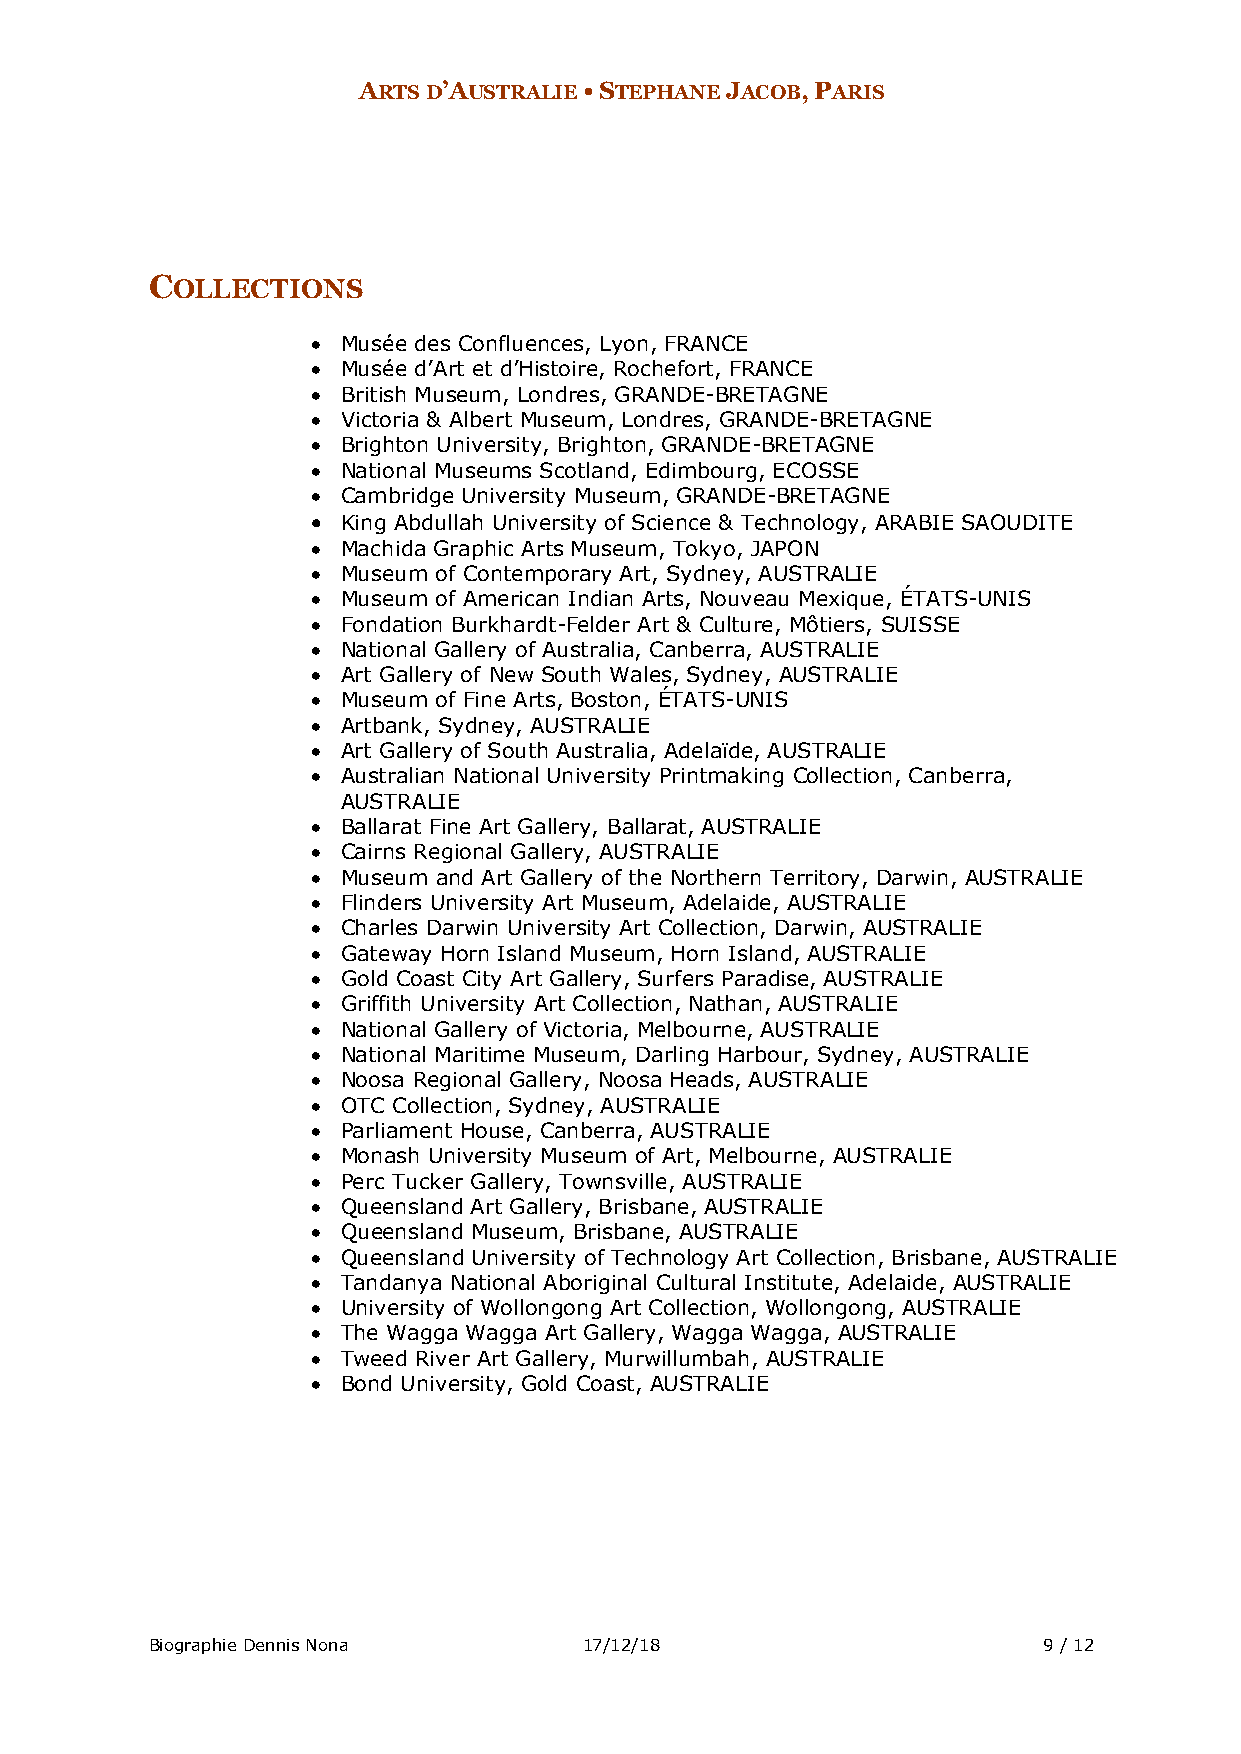
ARTS D’AUSTRALIE • STEPHANE JACOB, PARIS
 COLLECTIONS
 • Musée des Confluences, Lyon, FRANCE
 • Musée d’Art et d’Histoire, Rochefort, FRANCE
 • British Museum, Londres, GRANDE-BRETAGNE
 • Victoria & Albert Museum, Londres, GRANDE-BRETAGNE
 • Brighton University, Brighton, GRANDE-BRETAGNE
 • National Museums Scotland, Edimbourg, ECOSSE
 • Cambridge University Museum, GRANDE-BRETAGNE
 • King Abdullah University of Science & Technology, ARABIE SAOUDITE
 • Machida Graphic Arts Museum, Tokyo, JAPON
 • Museum of Contemporary Art, Sydney, AUSTRALIE
 • Museum of American Indian Arts, Nouveau Mexique, ÉTATS-UNIS
 • Fondation Burkhardt-Felder Art & Culture, Môtiers, SUISSE
 • National Gallery of Australia, Canberra, AUSTRALIE
 • Art Gallery of New South Wales, Sydney, AUSTRALIE
 • Museum of Fine Arts, Boston, ÉTATS-UNIS
 • Artbank, Sydney, AUSTRALIE
 • Art Gallery of South Australia, Adelaïde, AUSTRALIE
 • Australian National University Printmaking Collection, Canberra,
 AUSTRALIE
 • Ballarat Fine Art Gallery, Ballarat, AUSTRALIE
 • Cairns Regional Gallery, AUSTRALIE
 • Museum and Art Gallery of the Northern Territory, Darwin, AUSTRALIE
 • Flinders University Art Museum, Adelaide, AUSTRALIE
 • Charles Darwin University Art Collection, Darwin, AUSTRALIE
 • Gateway Horn Island Museum, Horn Island, AUSTRALIE
 • Gold Coast City Art Gallery, Surfers Paradise, AUSTRALIE
 • Griffith University Art Collection, Nathan, AUSTRALIE
 • National Gallery of Victoria, Melbourne, AUSTRALIE
 • National Maritime Museum, Darling Harbour, Sydney, AUSTRALIE
 • Noosa Regional Gallery, Noosa Heads, AUSTRALIE
 • OTC Collection, Sydney, AUSTRALIE
 • Parliament House, Canberra, AUSTRALIE
 • Monash University Museum of Art, Melbourne, AUSTRALIE
 • Perc Tucker Gallery, Townsville, AUSTRALIE
 • Queensland Art Gallery, Brisbane, AUSTRALIE
 • Queensland Museum, Brisbane, AUSTRALIE
 • Queensland University of Technology Art Collection, Brisbane, AUSTRALIE
 • Tandanya National Aboriginal Cultural Institute, Adelaide, AUSTRALIE
 • University of Wollongong Art Collection, Wollongong, AUSTRALIE
 • The Wagga Wagga Art Gallery, Wagga Wagga, AUSTRALIE
 • Tweed River Art Gallery, Murwillumbah, AUSTRALIE
 • Bond University, Gold Coast, AUSTRALIE
 Biographie Dennis Nona       17/12/18                      9 / 12